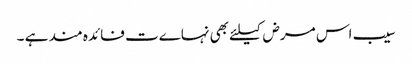
سیب اس مرض کیلئے بھی نہاےت فائدہ مند ہے ۔